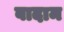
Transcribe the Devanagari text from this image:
वादाम